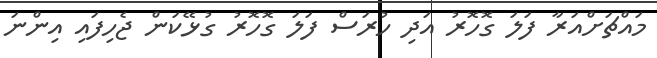
މައްޗަށްއަރާ ފަލަ ގޮހޮރު އަދި ހުރަސް ފަލަ ގޮހޮރު ގުޅޭކަން ޖެހިފައި އިންނަ